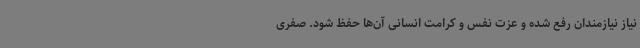
نیاز نیازمندان رفع شده و عزت نفس و کرامت انسانی آن‌ها حفظ شود. صفری